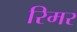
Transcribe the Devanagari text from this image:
रिमर